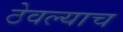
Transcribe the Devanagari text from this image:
ठेवल्याच